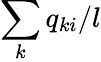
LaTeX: \sum_{k}q_{ki}/l